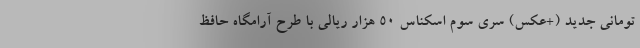
تومانی جدید (+عکس) سری سوم اسکناس 50 هزار ریالی با طرح آرامگاه حافظ